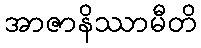
အာဇာနိဿာမီတိ